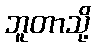
ဘူတာသို့